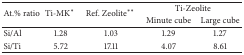
| <ROWSPAN=2> At.% ratio | <ROWSPAN=2> Ti-MK* | <ROWSPAN=2> Ref. Zeolite** | <COLSPAN=2> Ti-Zeolite |
 | Minute cube | Large cube |
 | --- | --- | --- | --- | --- |
 | Si/Al | 1.28 | 1.03 | 1.29 | 1.27 |
 | Si/Ti | 5.72 | 17.11 | 4.07 | 8.61 |